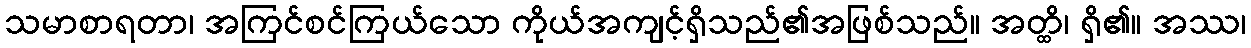
သမာစာရတာ၊ အကြင်စင်ကြယ်သော ကိုယ်အကျင့်ရှိသည်၏အဖြစ်သည်။ အတ္ထိ၊ ရှိ၏။ အဿ၊